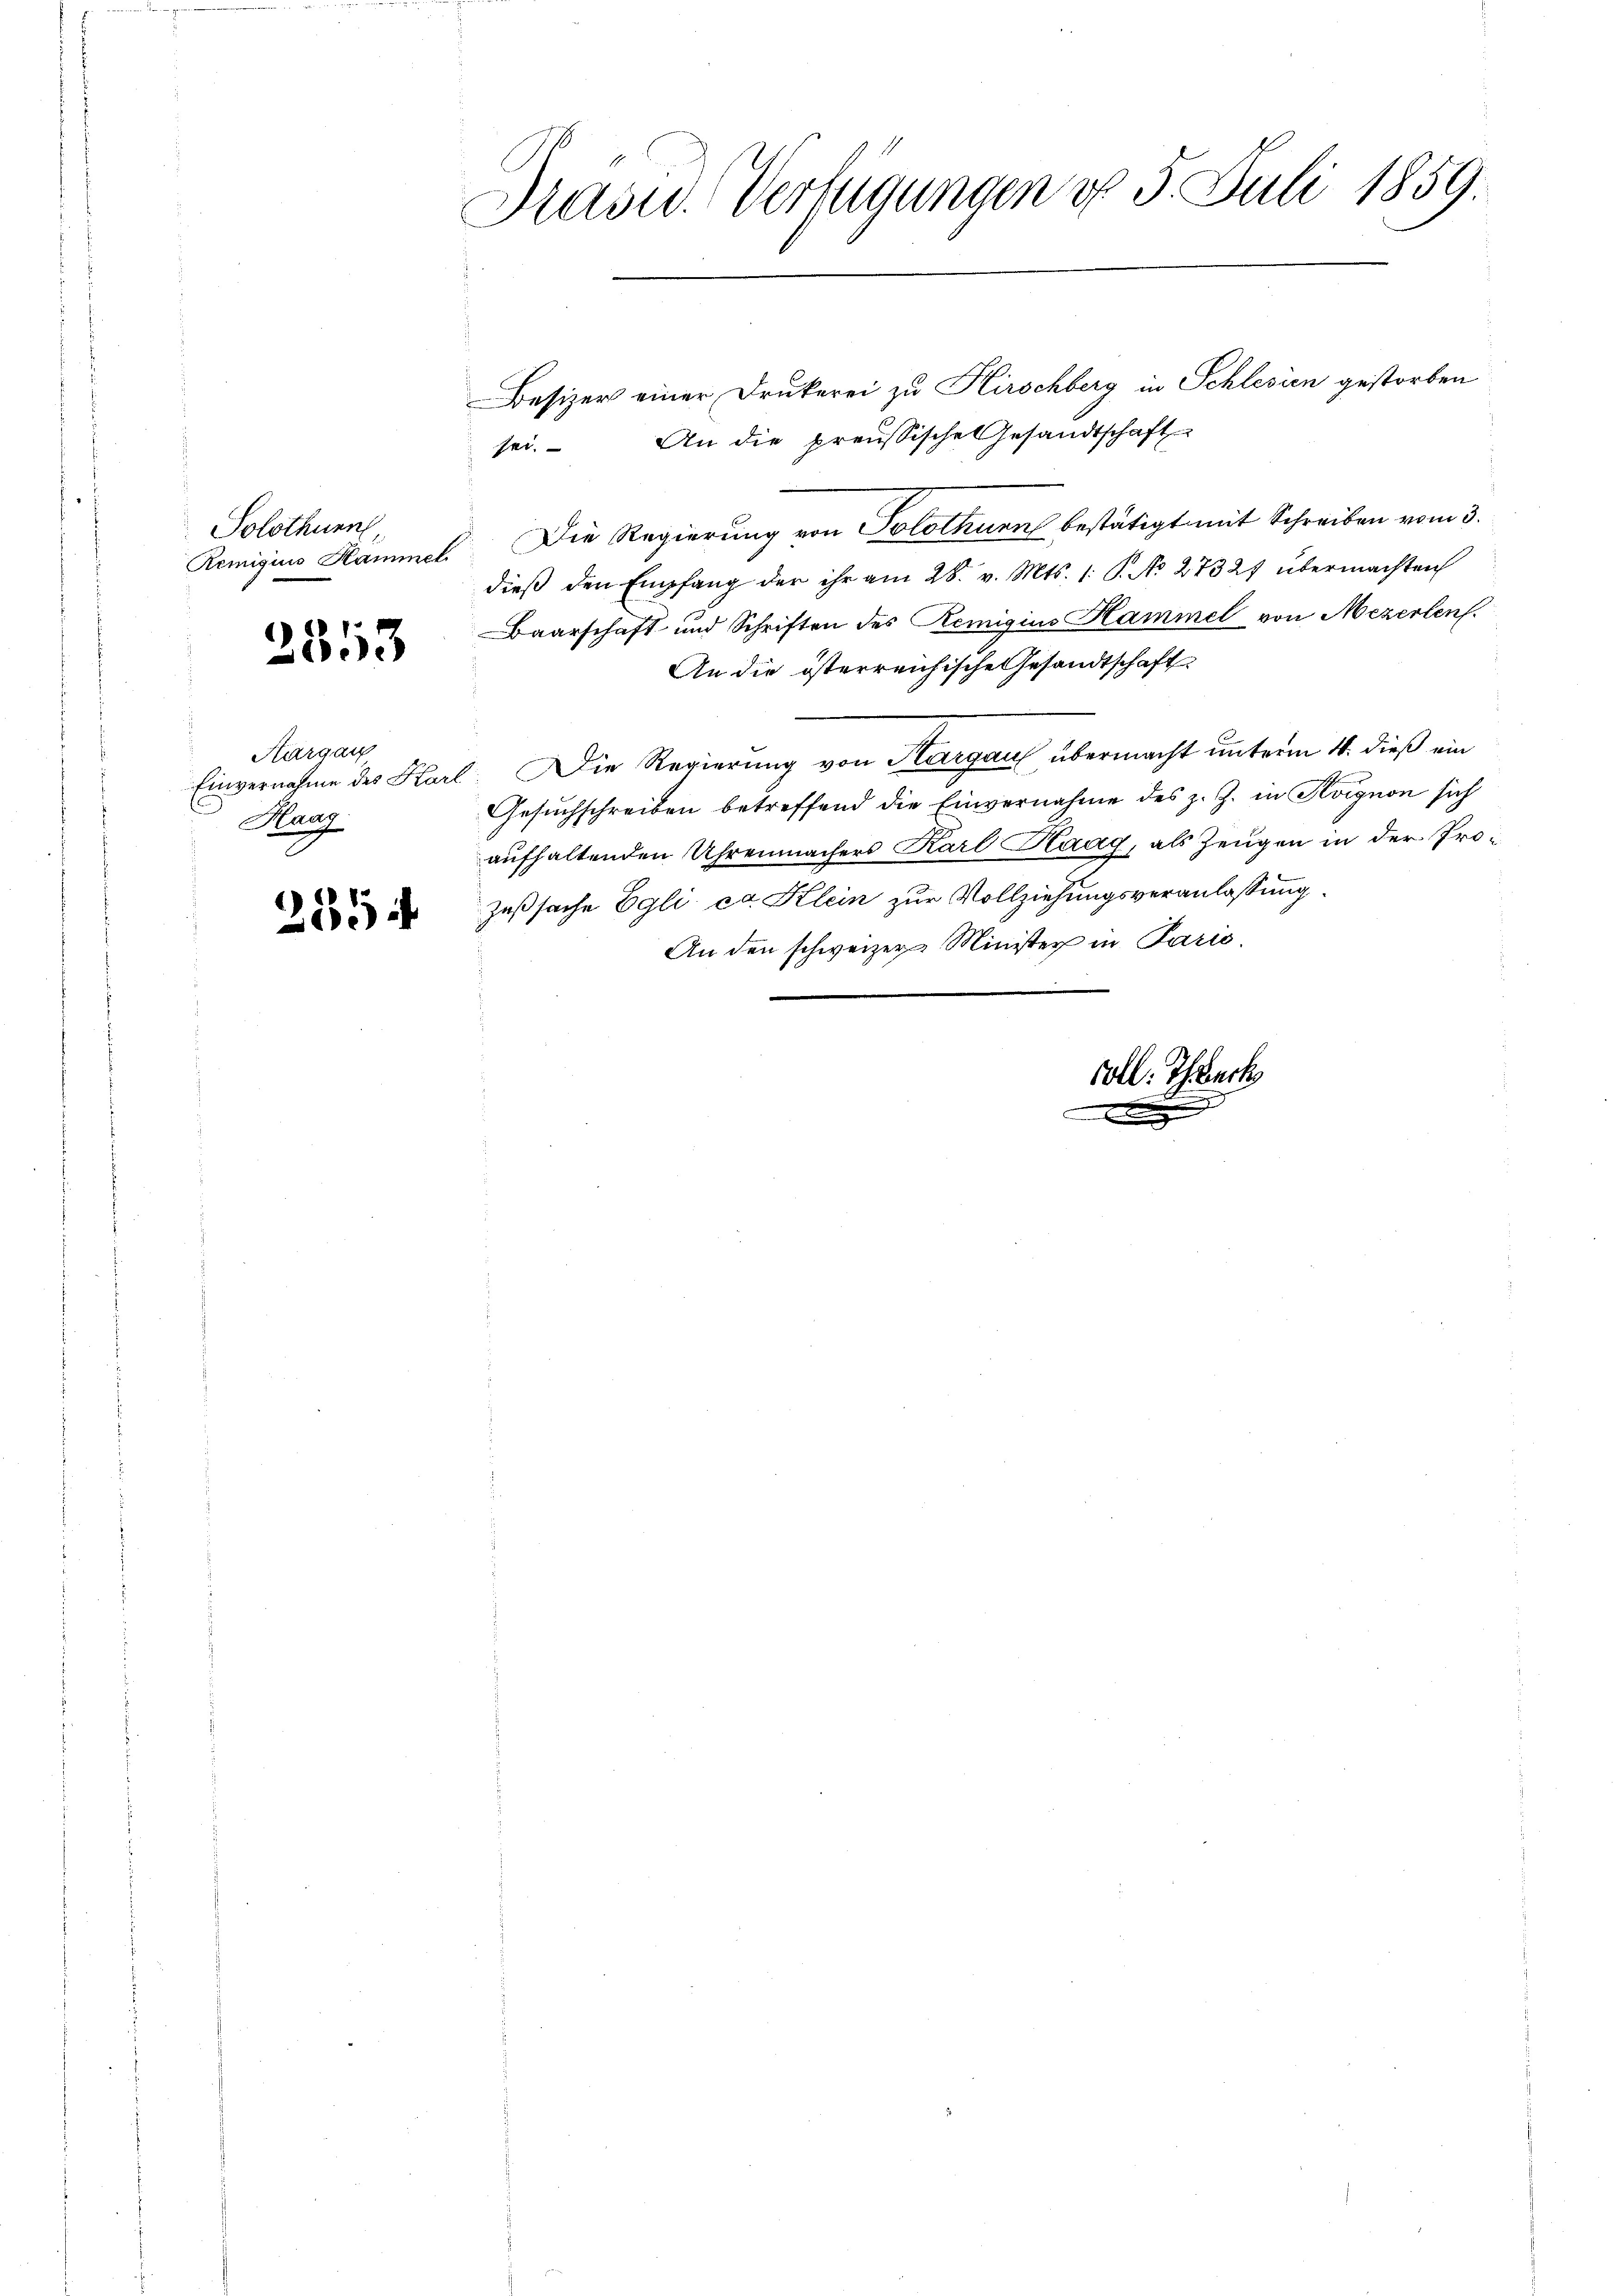
Solothurn,

2353

Aargau
Haaz

2254

Prast. Verfügungen do 5. Juli 1859.

Besizer einer Drukerei zu Kirschberg in Schlesien gestorben
sei. An die preussische Gesandtschaft
Remigius Hammel. Die Regierung von Solothurn bestätigt mit Schreiben vom 3.
dieβ den Empfang der ihr am 28. v. Mts. 1. P. No 27327 übermachten
Baarschaft und Schriften des Remigius Hammel von Mezerlen.
An die österreichische Gesandtschaft
Einvernahme des Karl. Die Regierung von Thurgau übermacht unterm 4. dieß ein
Gesuchschreiben betreffend die Einvernahme des z. Z. in Koignon sich
aufhaltenden Uhrenmachers Karl Haag, als Zeugen in der Prozeßsache Egli ca Klein zur Vollziehungsveranlassung.
An den schweizer Minister in Paris.

voll. Thauch